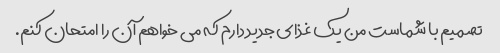
تصمیم با شماست من یک غذای جدید دارم که می خواهم آن را امتحان کنم.